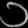
Digit: ၁